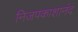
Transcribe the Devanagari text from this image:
निजपकाशानंद